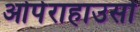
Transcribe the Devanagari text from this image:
ओपेराहाउसों